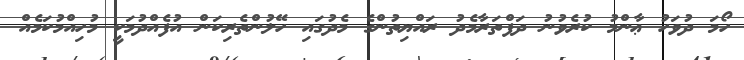
ހޯމަ ދުވަހު ޢާންމު ކުރެވުނު ދަފްތަރާމެދު ރައްޔިތުންގެ މެދުގައި ހޭލުންތެރިކަން އުފެއްދުމަކީ މުހިއްމުކަމެެއް